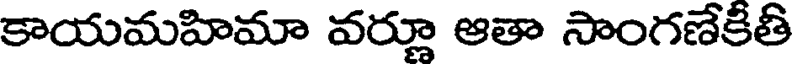
కాయమహిమా వర్లూ ఆతా సాంగణేకితి